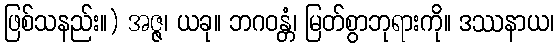
ဖြစ်သနည်း။) အဇ္ဇ၊ ယခု။ ဘဂဝန္တံ၊ မြတ်စွာဘုရားကို။ ဒဿနာယ၊